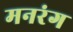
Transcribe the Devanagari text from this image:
मनरंग